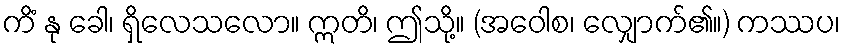
ကိံ နု ခေါ၊ ရှိလေသလော။ ဣတိ၊ ဤသို့။ (အဝေါစ၊ လျှောက်၏။) ကဿပ၊